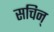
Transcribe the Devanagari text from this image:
सचिन्